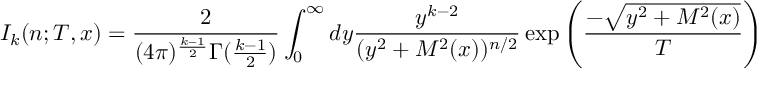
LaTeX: I _ { k } ( n ; T , x ) = \frac { 2 } { ( 4 \pi ) ^ { \frac { k - 1 } { 2 } } \Gamma ( \frac { k - 1 } { 2 } ) } \int _ { 0 } ^ { \infty } d y \frac { y ^ { k - 2 } } { ( y ^ { 2 } + M ^ { 2 } ( x ) ) ^ { n / 2 } } \exp \left( \frac { - \sqrt { y ^ { 2 } + M ^ { 2 } ( x ) } } { T } \right)